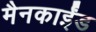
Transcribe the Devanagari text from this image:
मैनकाईंड